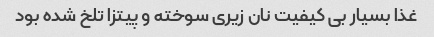
غذا بسیار بی کیفیت نان زیری سوخته و پیتزا تلخ شده بود